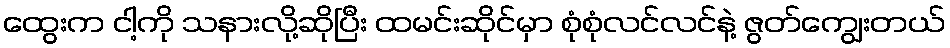
ထွေးက ငါ့ကို သနားလို့ဆိုပြီး ထမင်းဆိုင်မှာ စုံစုံလင်လင်နဲ့ ဇွတ်ကျွေးတယ်